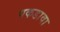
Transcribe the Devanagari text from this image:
पकडावा